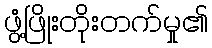
ဖွံ့ဖြိုးတိုးတက်မှု၏